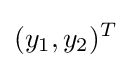
(y_{1},y_{2})^{T}